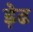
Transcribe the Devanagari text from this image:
ड़ेढ